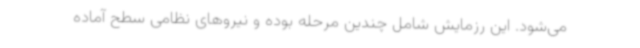
می‌شود. این رزمایش شامل چندین مرحله بوده و نیروهای نظامی سطح آماده